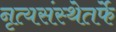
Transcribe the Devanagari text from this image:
नृत्यसंस्थेतर्फे